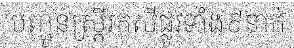
បញ្ជូនស្ត្រីរកស៊ីផ្លូវទាំង៩នាក់